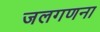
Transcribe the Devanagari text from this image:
जलगणना